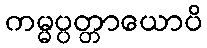
ကမ္မပ္ပတ္တာယောပိ